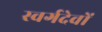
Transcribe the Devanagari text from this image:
स्वर्गदेवों